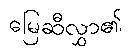
မြေဆီလွှာ၏